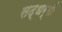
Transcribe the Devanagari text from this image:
सद्धर्मी